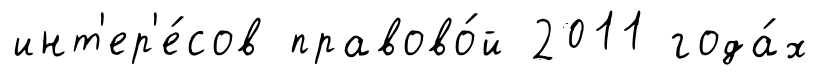
инт'ер'е́сов правово́й 2011 года́х